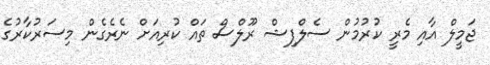
ޖަމީލް އާއި މެރީ ކުރުމުން ސެލްފިޝް ރޫލްސް ތައް ކުރިއަށް ނެރެގެން މިސަރުކާރުގެ